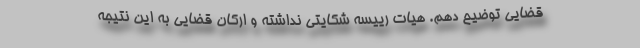
قضایی توضیح دهم. هیات رییسه شکایتی نداشته و ارکان قضایی به این نتیجه